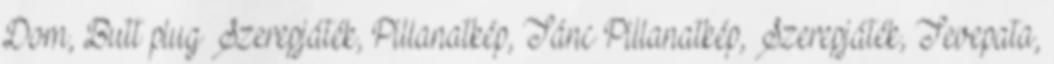
Dom, Butt plug Szerepjáték, Pillanatkép, Tánc Pillanatkép, Szerepjáték, Tevepata,